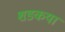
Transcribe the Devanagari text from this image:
शङ्कया